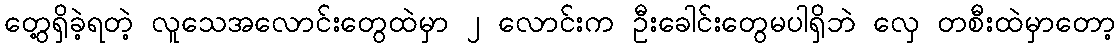
တွေ့ရှိခဲ့ရတဲ့ လူသေအလောင်းတွေထဲမှာ ၂ လောင်းက ဦးခေါင်းတွေမပါရှိဘဲ လှေ တစီးထဲမှာတော့